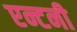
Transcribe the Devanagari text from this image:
एन्टनी